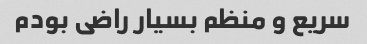
سریع و منظم بسیار راضی بودم